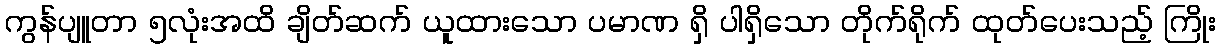
ကွန်ပျူတာ ၅လုံးအထိ ချိတ်ဆက် ယူထားသော ပမာဏ ရှိ ပါရှိသော တိုက်ရိုက် ထုတ်ပေးသည့် ကြိုး